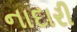
નાદારી